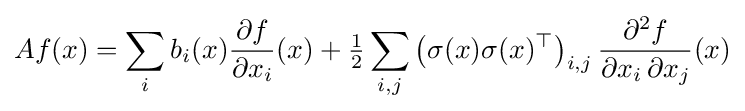
Af(x)=\sum _{i}b_{i}(x){\frac {\partial f}{\partial x_{i}}}(x)+{\tfrac {1}{2}}\sum _{i,j}\left(\sigma (x)\sigma (x)^{\top }\right)_{i,j}{\frac {\partial ^{2}f}{\partial x_{i}\,\partial x_{j}}}(x)